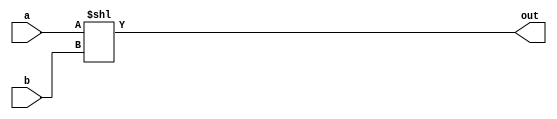
module shiftLeft(out,
					  a,
					  b
					  );

	parameter DATA_WIDTH = 32;

	output [DATA_WIDTH-1 : 0] out;

	input [DATA_WIDTH-1 : 0] a;
	input [DATA_WIDTH-1 : 0] b;

	assign out = a << b;
					  
endmodule